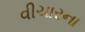
વીચારના